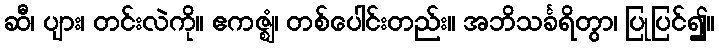
ဆီ၊ ပျား၊ တင်းလဲကို။ ဧကဇ္ဈံ၊ တစ်ပေါင်းတည်း။ အဘိသင်္ခရိတွာ၊ ပြုပြင်၍။